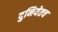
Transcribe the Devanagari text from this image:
दुनियेतच